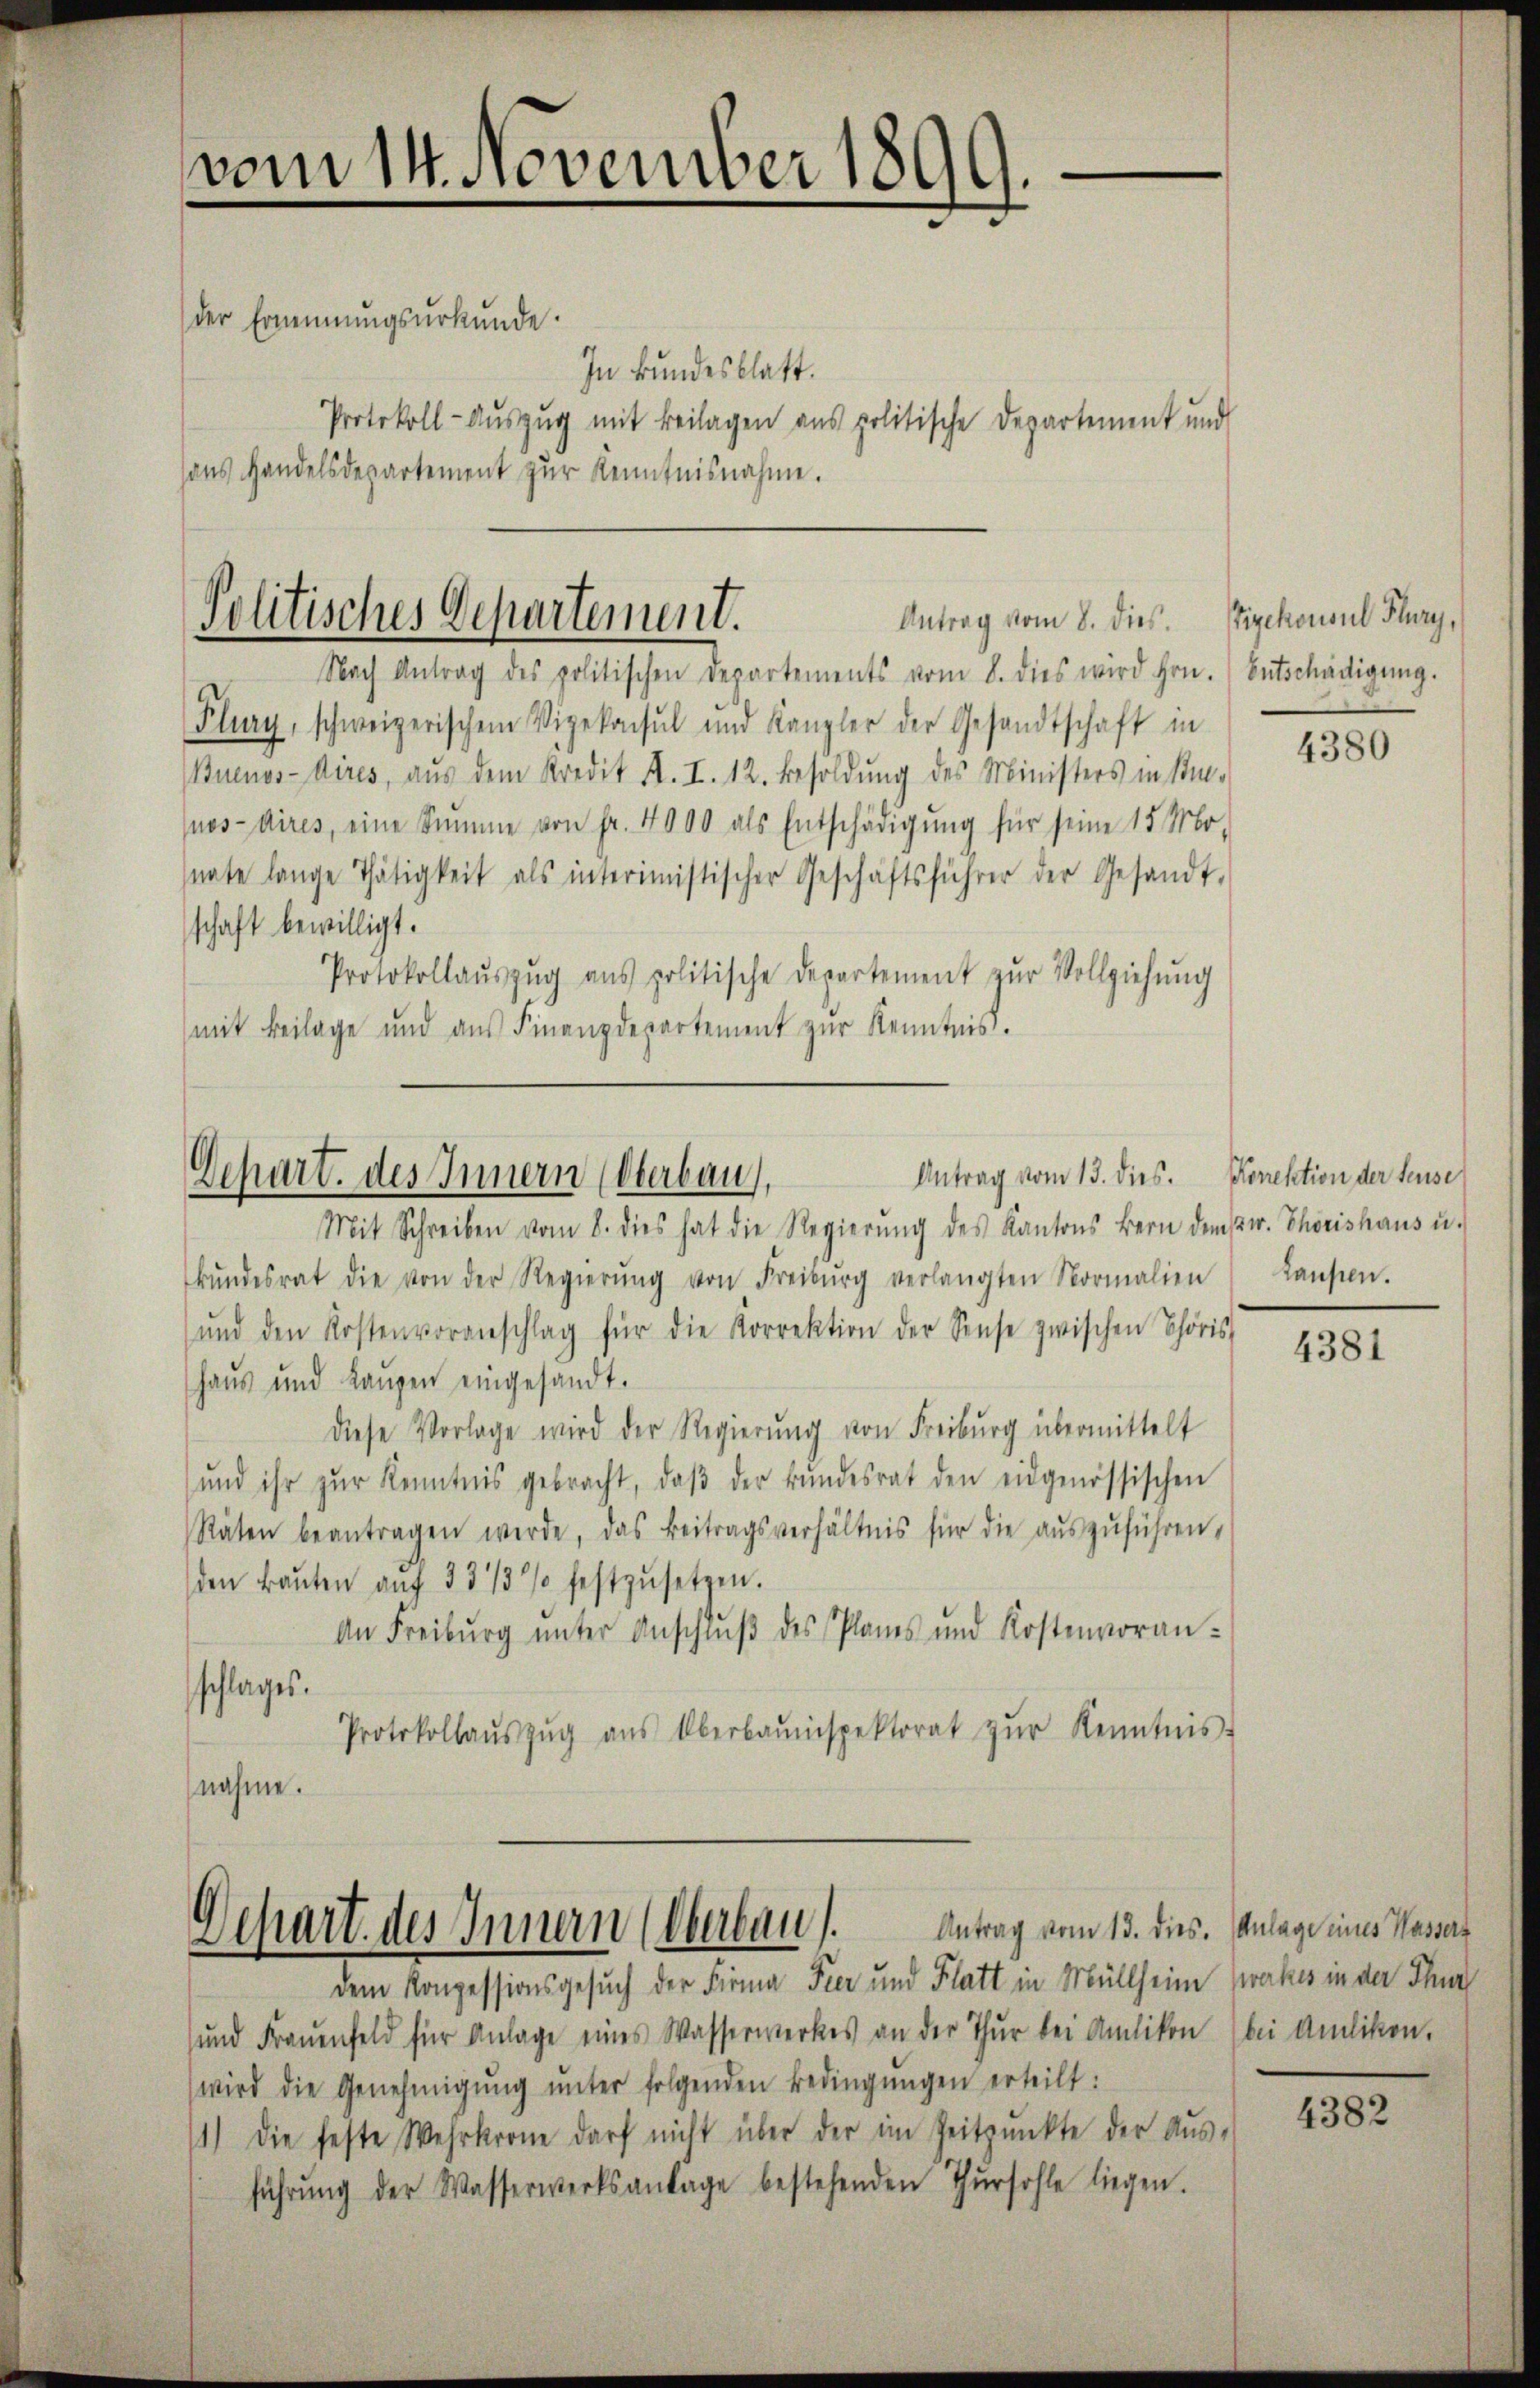
vom 14. November 1899.

der Ernennungsurkunde.
In kundesblatt.
Protokoll-Auszug mit Beilagen aus politische Departement und
sans Handelsdepartement zur Kenntnisnahme.

Politisches Departement.
Antrag vom 8. dies

Nach Antrag des politischen Departements vom 8. dies wird Hrn.
Flury, schweizerischem Vizekonsul und Kanzler der Gesandtschaft in
Buenos-dires, aŭs dem Kredit A. I. 12. Besoldŭng des Ministers in Sti-
nos Aires, eine Summe von Fr. 4000 als Entschädigung für seine 15 Mo-
nate lange Thätigkeit als interimistischer Geschäftsführer der Gesandt-
schaft bewilligt.
Protokollaŭszŭg ans politische Departement zŭr Vollziehŭng
mit Beilage und aus Finanzdepartement zur Kenntnis.

Mit Schreiben vom 8. dies hat die Regierŭng des Kantons Bern denstr. Thorishaus u.
kŭndesrat die von der Regierŭng von Freiburg verlangten Normalien
ŭnd den Kostenvoranschlag für die Korrektion der Sense zwischen Choris
Haus und Laŭpen eingesandt.
diese Vorlage wird der Regierŭng von Freiburg übermittelt
ŭnd ihr zŭr Kenntnis gebracht, daβ der Bŭndesrat den eidgenössischen
Räten beantragen werde, das Beitragsverhältnis für die aŭszŭführen,
den Baŭten aŭf 33/3% festzŭsetzen.
An Freiburg ŭnter Anschlŭβ des Planes und Kostenvoran-
schlages.
Protokollaŭszŭg aŭs Überbaŭespektorat zŭr Kenntnis.
nahme.

Dchart. des Innern (Oberbau,

Antrag vom 13. dies. Porektion der Seuse

Gehart des Innern (Oberbau. Antrag vom 13. dies. Anlage eines Kassa¬

dem Konzessionsgesuch der Firma Pier und Flatt in Müllheim (wakes in der Thur
ŭnd Fraŭenfeld für Anlage eines Wasserwerkes an der Thur bei Amlikon bei Amlikon.
wird die Genehmigŭng ŭnter folgenden Bedingŭngen erteilt:
1) die feste Wehrkrone darf nicht über der im Zeitpunkte der Aŭs-
führŭng der Wasserwerksanlage bestehenden Thŭrsohle liegen.

Tiekonsul Flury,
Entschädigung.

4380

Laufen.

4381

4382